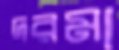
দরমা